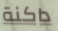
داكنة